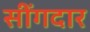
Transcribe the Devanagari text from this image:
सींगदार